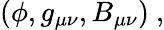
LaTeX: (\phi,g_{\mu\nu},B_{\mu\nu})\ ,